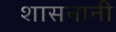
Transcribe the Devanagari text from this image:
शासनानी